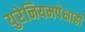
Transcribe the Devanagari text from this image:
युरेनियमपेक्षाही